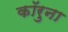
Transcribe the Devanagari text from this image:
कॉरुना